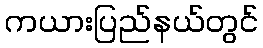
ကယားပြည်နယ်တွင်